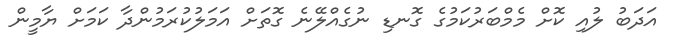
އަދަބު ލުއި ކޮށް މެމްބަރުކަމުގެ ގޮނޑި ނުގެއްލޭނެ ގޮތަށް އަމަލުކުރަމުންދާ ކަމަށް ޔާމީން